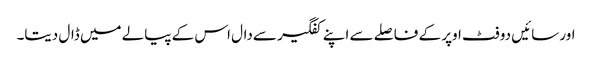
اور سائیں دو فٹ اوپر کے فاصلے سے اپنے کفگیر سےدال اس کے پیالے میں ڈال دیتا۔